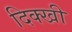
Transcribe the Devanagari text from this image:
दिक्खी